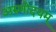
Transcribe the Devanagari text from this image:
अरुणोदयम्